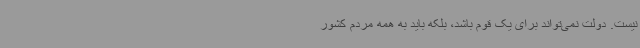
نیست. دولت نمی‌تواند برای یک قوم باشد، بلکه باید به همه مردم کشور